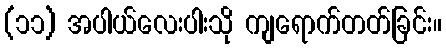
(၁၁) အပါယ်လေးပါးသို ကျရောက်တတ်ခြင်း။